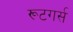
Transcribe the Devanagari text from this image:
रूटगर्स